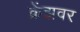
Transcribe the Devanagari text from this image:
क्रेंझवर